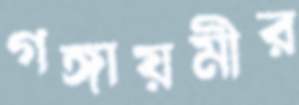
গঙ্গায়মীর